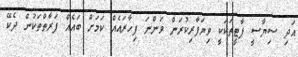
އަދި ސިޔާސީ ޕާޓީތަކަކީ ވިޔަފާރިކުރަން ވަންނަ ފިހާރައެއް ކަމަށް ބައެއް ފަރާތްތަކުން ދެކޭ